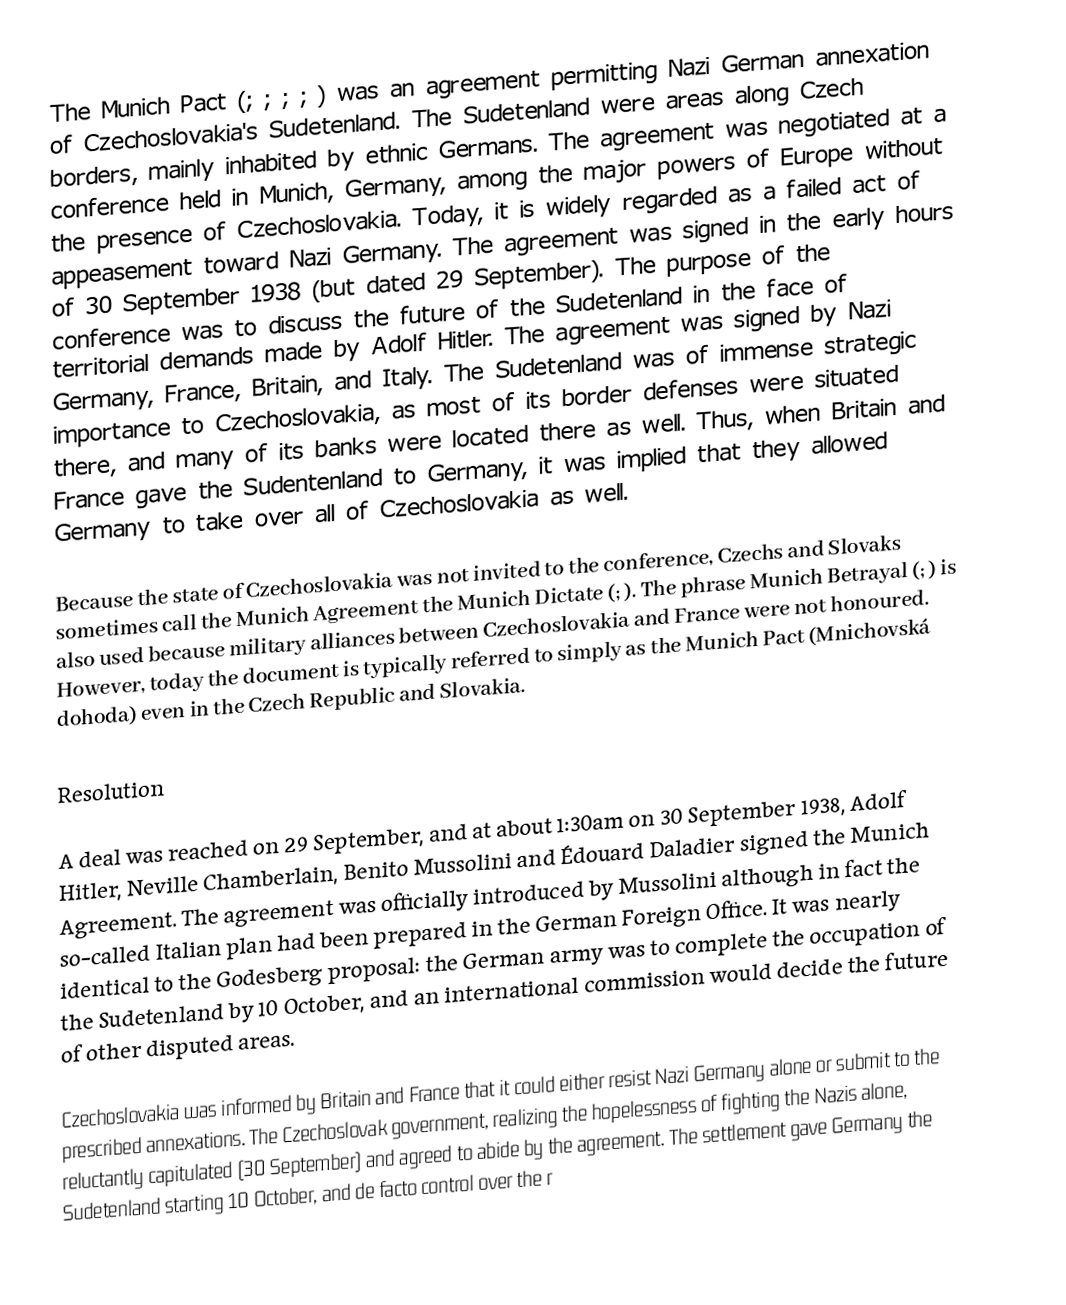
The Munich Pact (; ; ; ; ) was an agreement permitting Nazi German annexation of Czechoslovakia's Sudetenland. The Sudetenland were areas along Czech borders, mainly inhabited by ethnic Germans. The agreement was negotiated at a conference held in Munich, Germany, among the major powers of Europe without the presence of Czechoslovakia. Today, it is widely regarded as a failed act of appeasement toward Nazi Germany. The agreement was signed in the early hours of 30 September 1938 (but dated 29 September). The purpose of the conference was to discuss the future of the Sudetenland in the face of territorial demands made by Adolf Hitler. The agreement was signed by Nazi Germany, France, Britain, and Italy. The Sudetenland was of immense strategic importance to Czechoslovakia, as most of its border defenses were situated there, and many of its banks were located there as well. Thus, when Britain and France gave the Sudentenland to Germany, it was implied that they allowed Germany to take over all of Czechoslovakia as well.

Because the state of Czechoslovakia was not invited to the conference, Czechs and Slovaks sometimes call the Munich Agreement the Munich Dictate (; ). The phrase Munich Betrayal (; ) is also used because military alliances between Czechoslovakia and France were not honoured. However, today the document is typically referred to simply as the Munich Pact (Mnichovská dohoda) even in the Czech Republic and Slovakia.

Resolution

A deal was reached on 29 September, and at about 1:30am on 30 September 1938, Adolf Hitler, Neville Chamberlain, Benito Mussolini and Édouard Daladier signed the Munich Agreement. The agreement was officially introduced by Mussolini although in fact the so-called Italian plan had been prepared in the German Foreign Office. It was nearly identical to the Godesberg proposal: the German army was to complete the occupation of the Sudetenland by 10 October, and an international commission would decide the future of other disputed areas.

Czechoslovakia was informed by Britain and France that it could either resist Nazi Germany alone or submit to the prescribed annexations. The Czechoslovak government, realizing the hopelessness of fighting the Nazis alone, reluctantly capitulated (30 September) and agreed to abide by the agreement. The settlement gave Germany the Sudetenland starting 10 October, and de facto control over the r